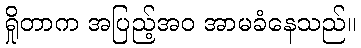
ရှိုတာက အပြည့်အဝ အာမခံနေသည်။